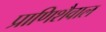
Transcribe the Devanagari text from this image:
प्राणिशैवाल